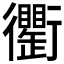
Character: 𧘆